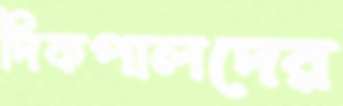
দিকপালদের